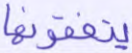
ينفقونها